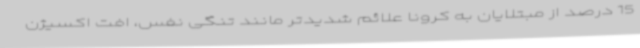
15 درصد از مبتلایان به کرونا علائم شدیدتر مانند تنگی نفس، افت اکسیژن